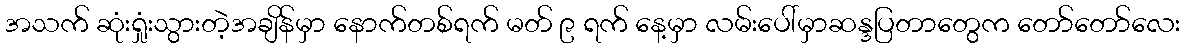
အသက် ဆုံးရှုံးသွားတဲ့အချိန်မှာ နောက်တစ်ရက် မတ် ၉ ရက် နေ့မှာ လမ်းပေါ်မှာဆန္ဒပြတာတွေက တော်တော်လေး